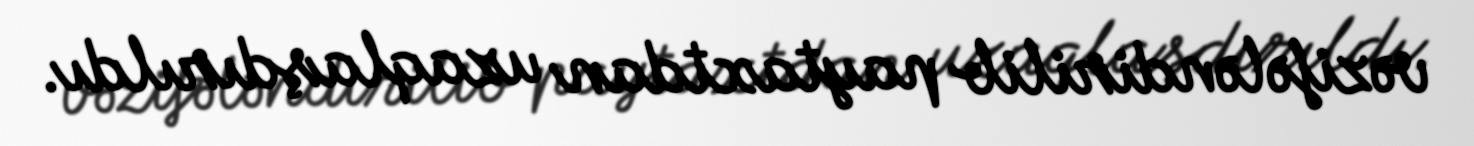
vəzifələndirilib paytaxtdan uzaqlaşdırıldı.